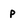
Character: p